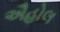
ઐહોલ